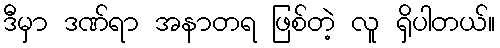
ဒီမှာ ဒဏ်ရာ အနာတရ ဖြစ်တဲ့ လူ ရှိပါတယ်။